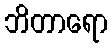
ဘိတာရော